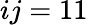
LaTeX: ij=11